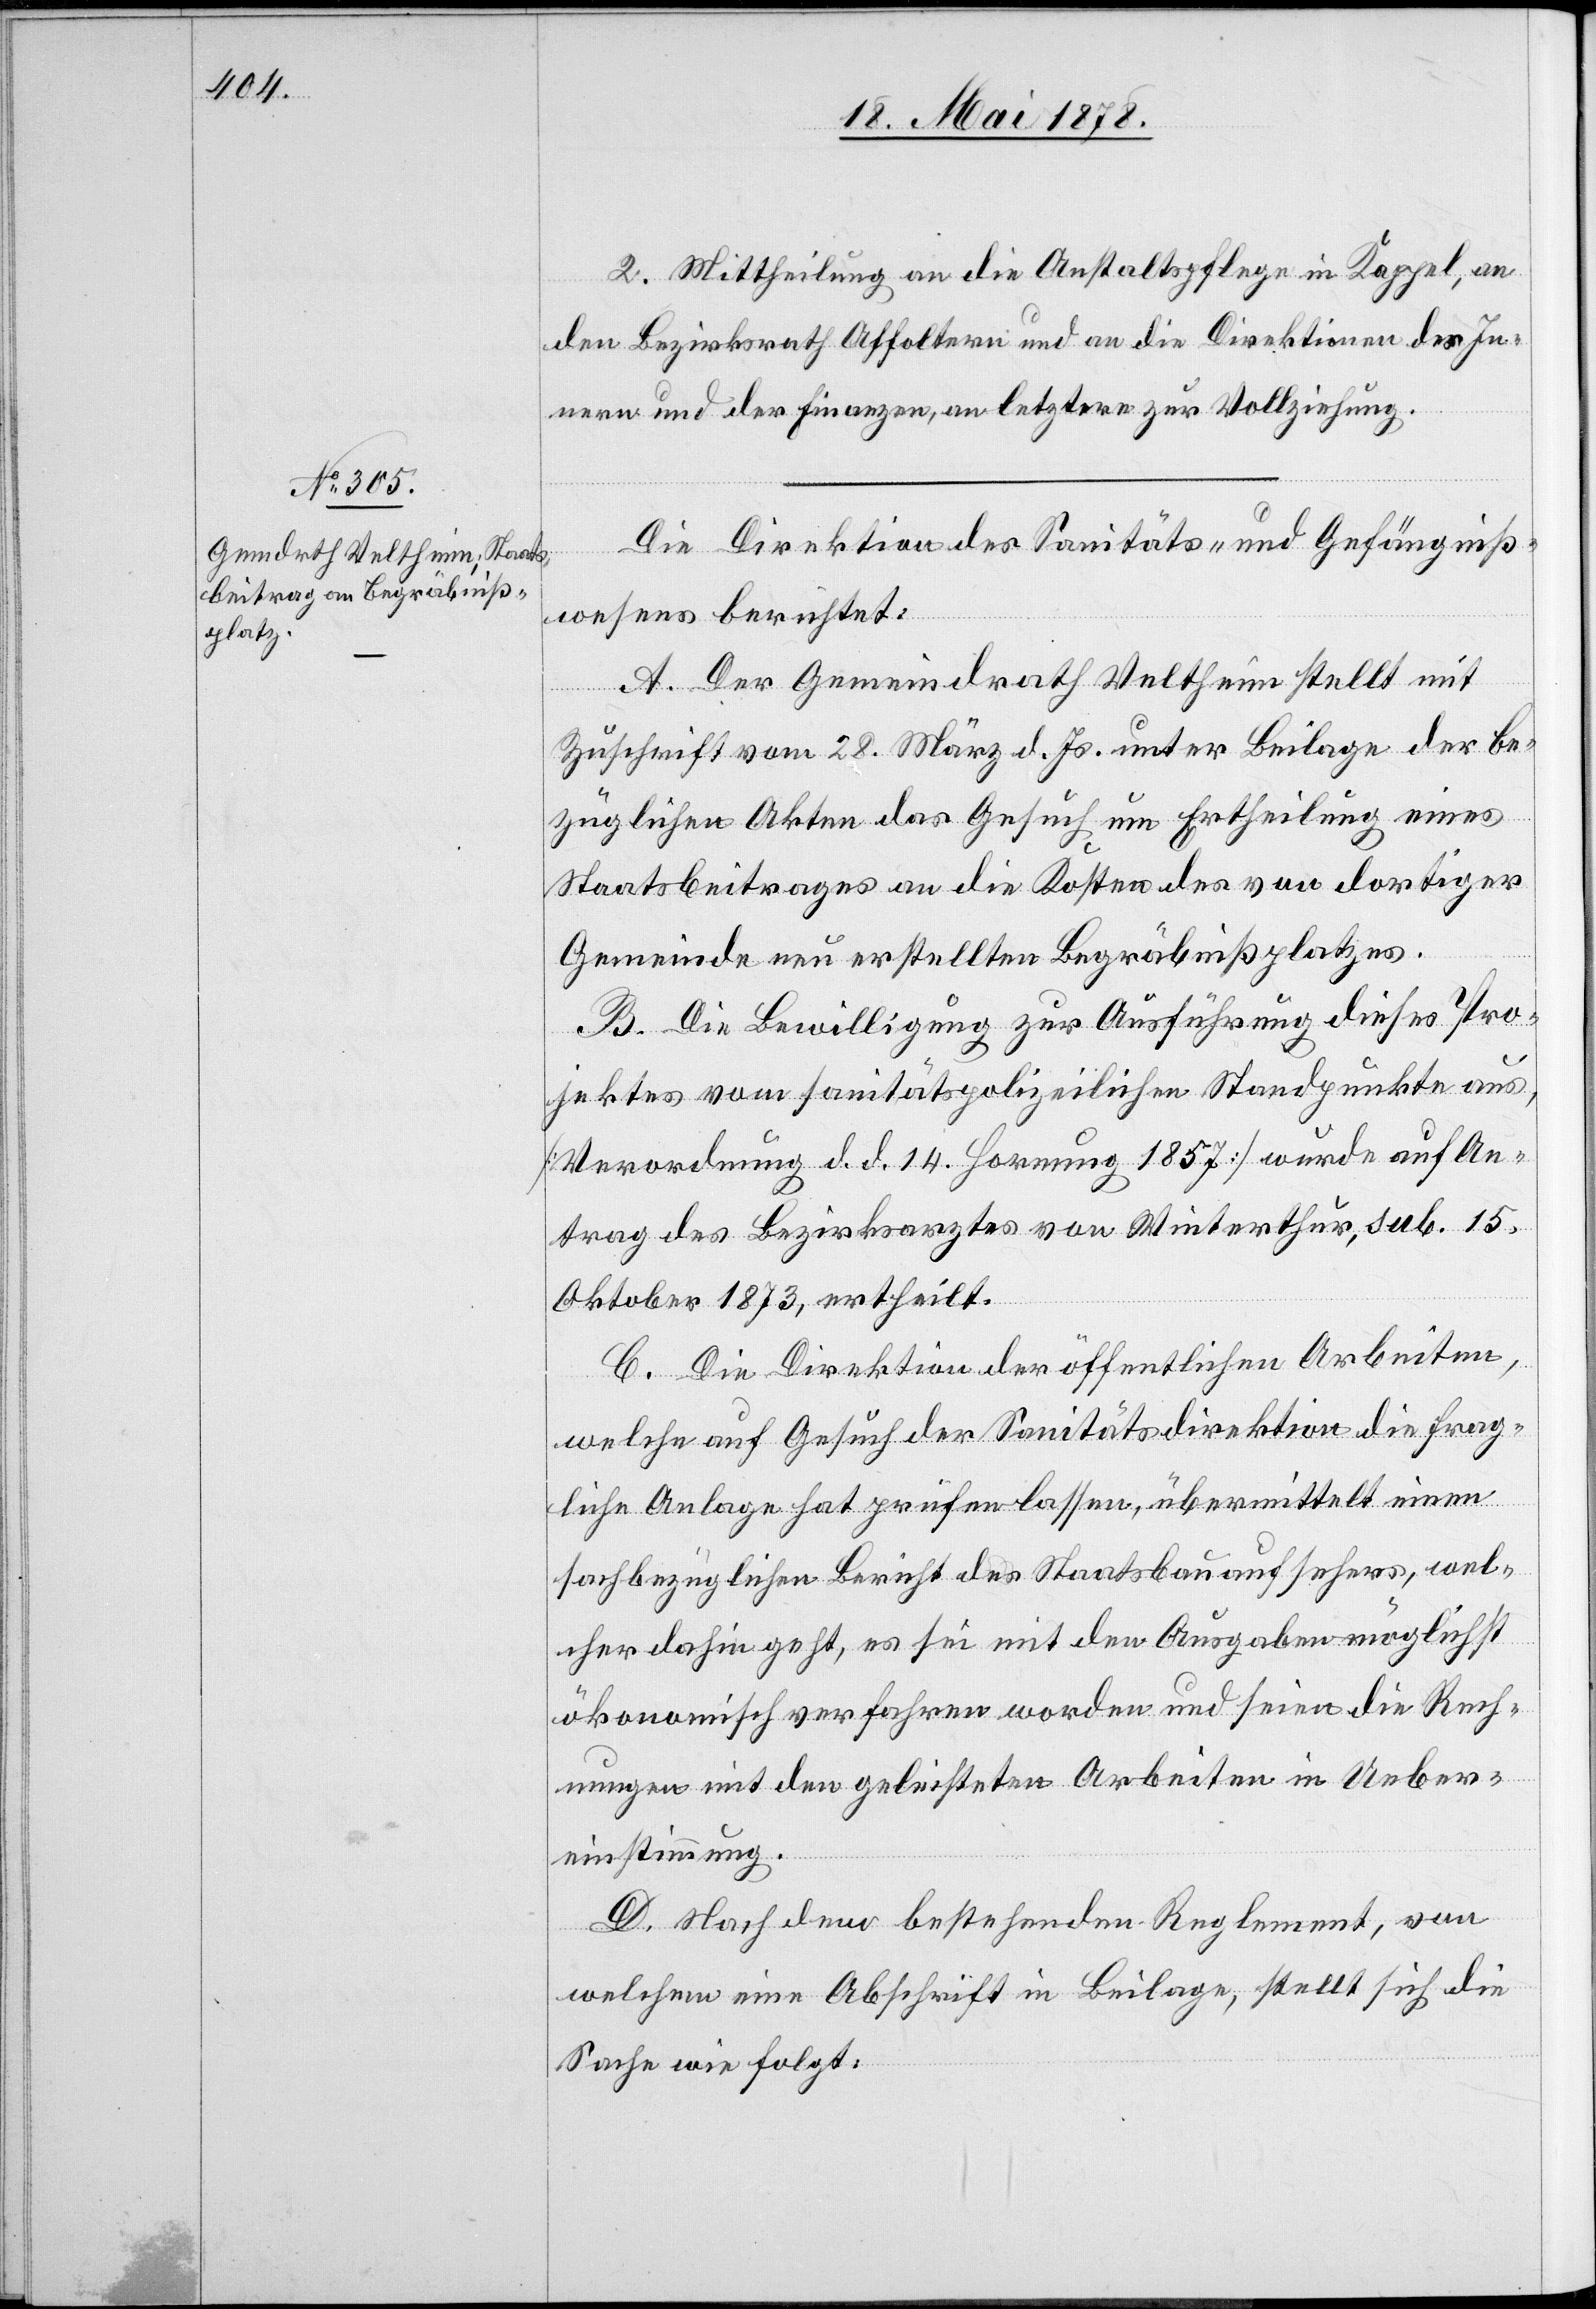
2. Mittheilung an die Anstaltspflege in Kappel, an
den Bezirksrath Affoltern und an die Direktionen des In¬
nern und der Finanzen, an letztere zur Vollziehung.
Die Direktion des Sanitäts- & Gefängniß¬
wesens berichtet:
A. Der Gemeindrath Veltheim stellt mit
Zuschrift vom 28. März d. Js. unter Beilage der be¬
züglichen Akten das Gesuch um Ertheilung eines
Staatsbeitrages an die Kosten des von dortiger
Gemeinde neu erstellten Begräbnißplatzes.
B. Die Bewilligung zur Ausführung dieses Pro¬
jektes vom sanitätspolizeilichen Standpunkte aus,
[Verordnung d. d. 14. Hornung 1857] wurde auf An¬
trag des Bezirksarztes von Winterthur, sub. 15.
Oktober 1873, ertheilt.
C. Die Direktion der öffentlichen Arbeiten,
welche auf Gesuch der Sanitätsdirektion die frag¬
liche Anlage hat prüfen lassen, übermittelt einem
sachbezüglichen Bericht des Staatsbauaufsehers, wel¬
cher dahin geht, es sei mit den Ausgaben möglichst
ökonomisch verfahren worden und seien die Rech¬
nungen mit den geleisteten Arbeiten in Ueber¬
einstimmung.
D. Nach dem bestehenden Reglement, von
welchem eine Abschrift in Beilage, stellt sich die
Sache wie folgt.